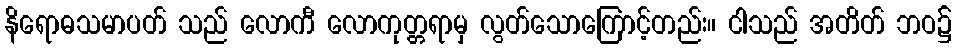
နိရောဓသမာပတ် သည် လောကီ လောကုတ္တရာမှ လွတ်သောကြောင့်တည်း။ ငါသည် အတိတ် ဘဝ၌